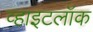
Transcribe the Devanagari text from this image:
व्हाइटलॉक